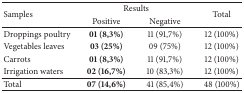
<table><thead><tr><td rowspan="2"><b>Samples</b></td><td colspan="2"><b> Results</b></td><td rowspan="2"><b>Total</b></td></tr><tr><td><b>Positive</b></td><td><b>Negative</b></td></tr></thead><tbody><tr><td>Droppings poultry</td><td><b>01 (8,3%)</b></td><td>11 (91,7%) </td><td>12 (100%)</td></tr><tr><td>Vegetables leaves</td><td><b>03 (25%)</b></td><td> 09 (75%)</td><td>12 (100%)</td></tr><tr><td>Carrots</td><td><b>01 (8,3%)</b></td><td>11 (91,7%)</td><td>12 (100%)</td></tr><tr><td>Irrigation waters</td><td><b>02 (16,7%)</b></td><td>10 (83,3%)</td><td>12 (100%)</td></tr><tr><td>Total</td><td><b>07 (14,6%)</b></td><td>41 (85,4%)</td><td>48 (100%)</td></tr></tbody></table>